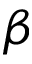
\beta